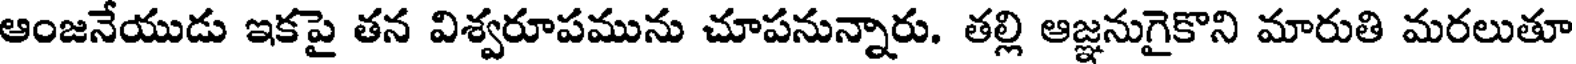
ఆంజనేయుడు ఇకపై తన విశ్వరూపమును చూపనున్నారు. తల్లి ఆజ్ఞనుగైకొని మారుతి మరలుతూ